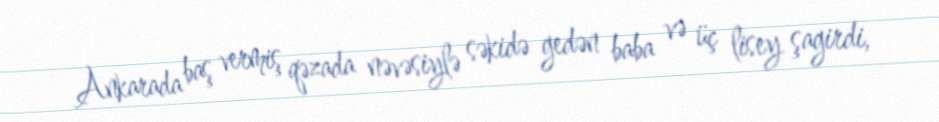
Ankarada baş vermiş qəzada nəvəsiylə səkidə gedən baba və üç lisey şagirdi,